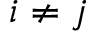
i \neq j